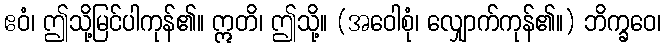
ဧဝံ၊ ဤသို့မြင်ပါကုန်၏။ ဣတိ၊ ဤသို့။ (အဝေါစုံ၊ လျှောက်ကုန်၏။) ဘိက္ခဝေ၊